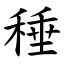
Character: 䅜